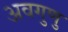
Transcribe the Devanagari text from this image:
अवगुणु